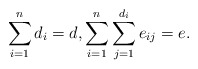
\begin{align*}\sum_{i=1}^{n}d_i=d, \sum_{i=1}^{n} \sum_{j=1}^{d_i} e_{ij}=e. \end{align*}